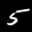
Label: 5